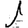
Digit: 1